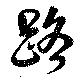
路